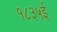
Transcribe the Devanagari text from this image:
१८३५ई